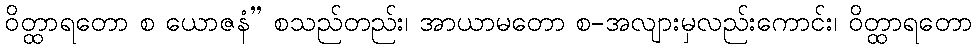
ဝိတ္ထာရတော စ ယောဇနံ” စသည်တည်း၊ အာယာမတော စ-အလျားမှလည်းကောင်း၊ ဝိတ္ထာရတော